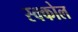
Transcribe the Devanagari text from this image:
स्क्कोल